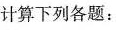
计算下列各题: